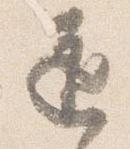
道